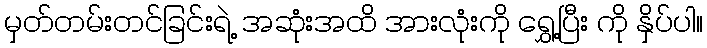
မှတ်တမ်းတင်ခြင်းရဲ့ အဆုံးအထိ အားလုံးကို ရွှေ့ပြီး ကို နှိပ်ပါ။